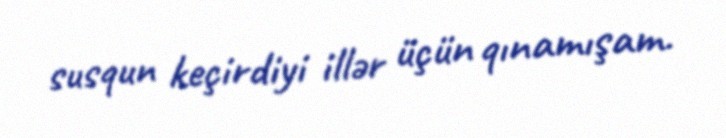
susqun keçirdiyi illər üçün qınamışam.